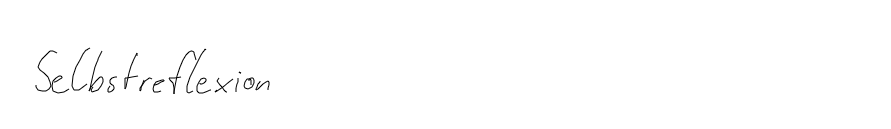
Selbstreflexion